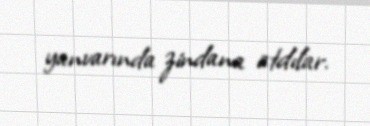
yanvarında zindana atdılar.